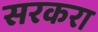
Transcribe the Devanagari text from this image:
सरकरा